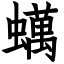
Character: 蠇